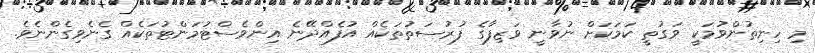
މި ހިނިތުންވުމަކީ ވަގުތީ ކަމަކަށް ނުވާނީ ވަޒިފާގެ ފުރުސަތުތަކެއް އުފެއްދޭނެ އިންވެސްޓުމަންޓުތަކެއް ގެނެވިގެންނެވެ.